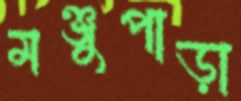
মঞ্জুপাড়া